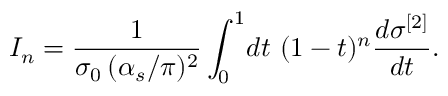
{ \cal I } _ { n } = { \frac { 1 } { \sigma _ { 0 } \, ( \alpha _ { s } / \pi ) ^ { 2 } } } \int _ { 0 } ^ { 1 } \! d t \ ( 1 - t ) ^ { n } { \frac { d \sigma ^ { [ 2 ] } } { d t } } .